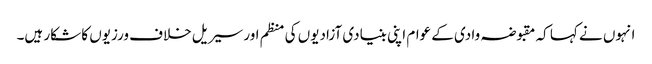
انہوں نے کہا کہ مقبوضہ وادی کے عوام اپنی بنیادی آزادیوں کی منظم اور سیریل خلاف ورزیوں کا شکار ہیں۔